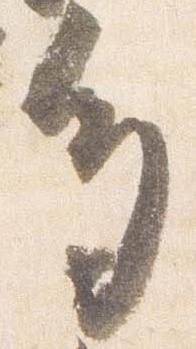
多